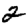
Digit: 2